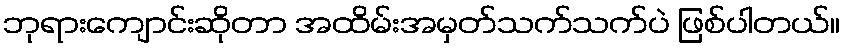
ဘုရားကျောင်းဆိုတာ အထိမ်းအမှတ်သက်သက်ပဲ ဖြစ်ပါတယ်။